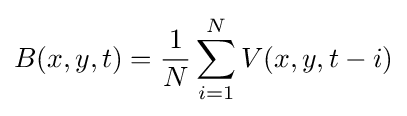
B(x,y,t)={1 \over N}\sum _{i=1}^{N}V(x,y,t-i)